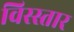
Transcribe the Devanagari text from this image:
विस्स्तार